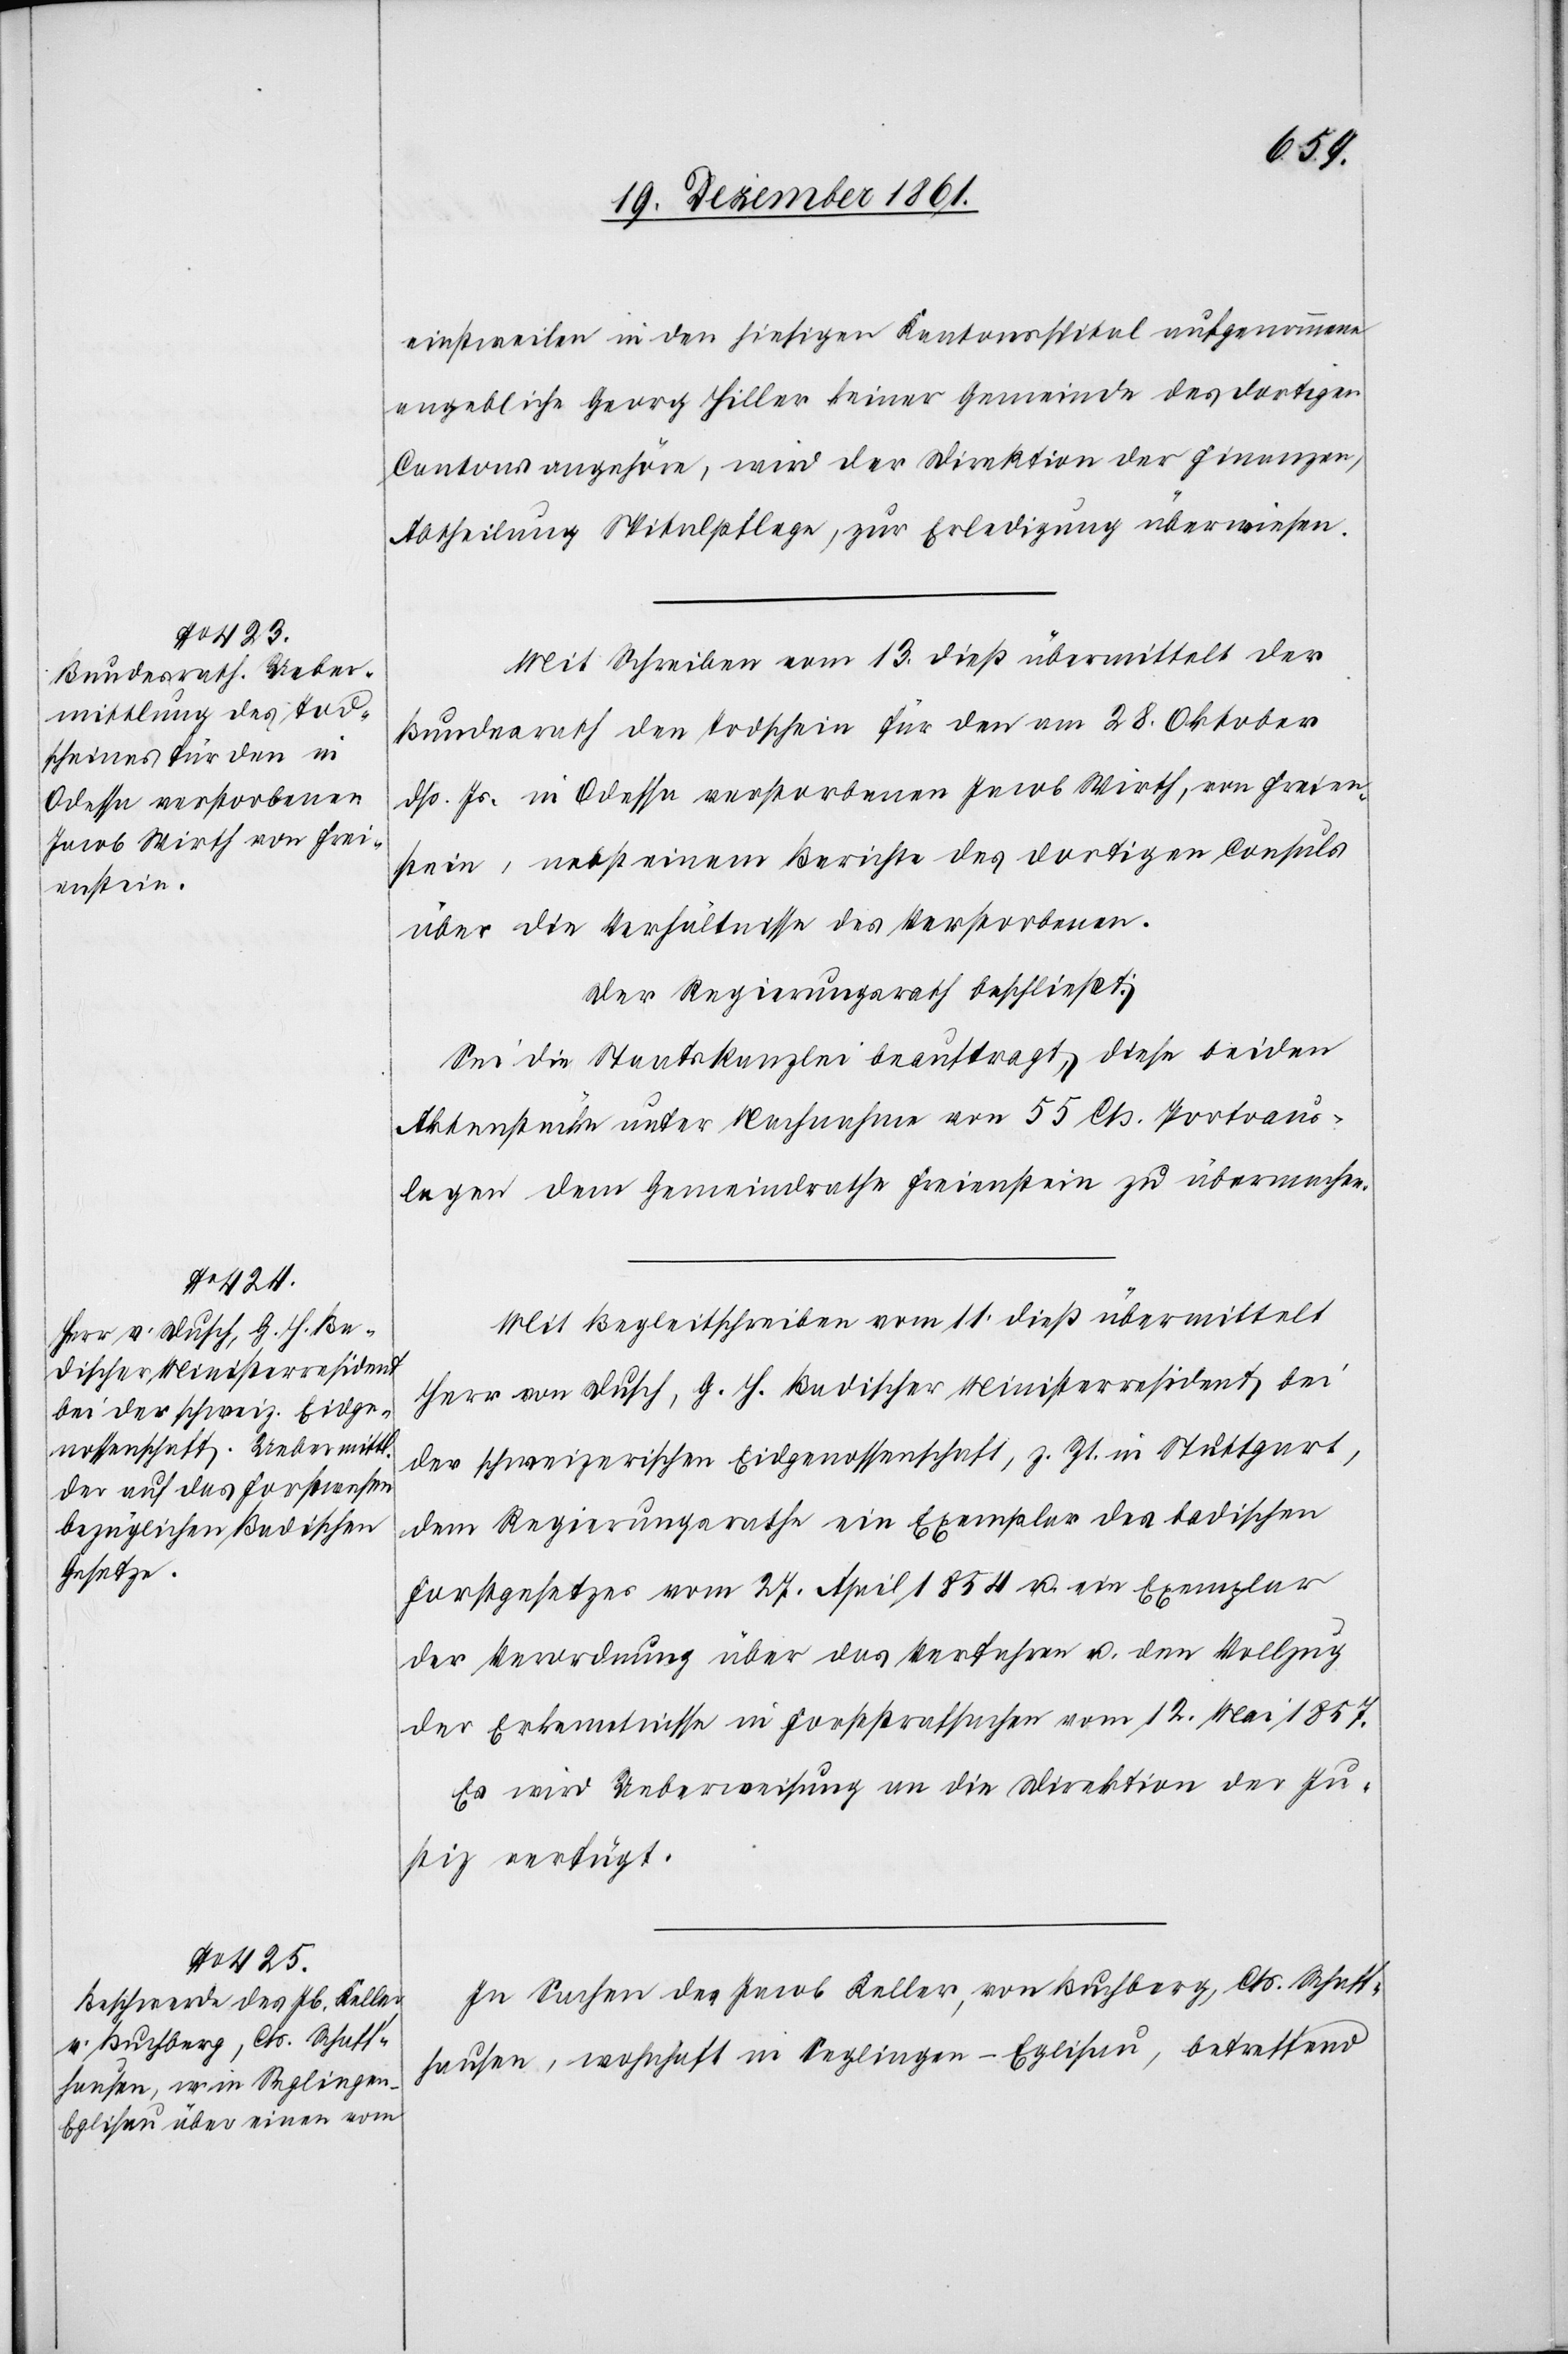
einstweilen in den hiesigen Kantonsspital aufgenommene
angebliche Georg Hiller keiner Gemeinde des dortigen
Cantons angehöre, wird der Direktion der Finanzen,
Abtheilung Spitalpflege, zur Erledigung überwiesen.
Mit Schreiben vom 13 dieß übermittelt der
Bundesrath den Todschein für den am 28 Oktober
dß. Js. in Odessa verstorbenen Jacob Wirth, von Freiens¬
tein, nebst einem Berichte des dortigen Consuls
über die Verhältnisse des Verstorbenen.
Der Regierungsrath beschließt:
Sei die Staatskanzlei beauftragt, diese beiden
Aktenstücke unter Nachnahme von 55 Cts. Portoaus¬
lagen dem Gemeindrathe Freienstein zu übermachen.
Mit Begleitschreiben vom 11 dieß übermittelt
Herr von Dusch, G. H. Badischer Ministerresident bei
der schweizerischen Eidgenossenschaft, z. Zt. in Stuttgart,
dem Regierungsrathe ein Exemplar des badischen
Forstgesetzes vom 27 April 1854 u. ein Exemplar
der Verordnung über das Verfahren u. den Vollzug
der Erkenntnisse in Forststrafsachen vom 12 Mai 1857.
Es wird Ueberweisung an die Direktion der Ju¬
stiz verfügt.
In Sachen des Jacob Keller, von Buchberg, Cts. Schaff¬
hausen, wohnhaft in Seglingen–Eglisau, betreffend